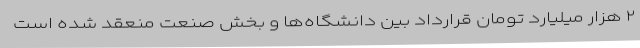
۲ هزار میلیارد تومان قرارداد بین دانشگاه‌ها و بخش صنعت منعقد شده است